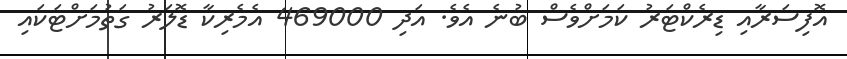
އޮފިސަރާއި ޑިރެކްޓަރު ކަމަށްވެސް ބުނެ އެވެ. އަދި 469000 އެމެރިކާ ޑޮލަރު ގަތުމަށްޓަކައި